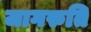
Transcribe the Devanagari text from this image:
जागरुति